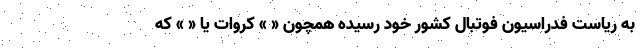
به ریاست فدراسیون فوتبال کشور خود رسیده همچون « » کروات یا « » که